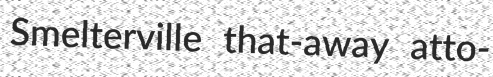
Smelterville that-away atto-